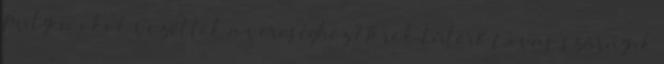
Milyen okok vezettek a vereséghez? Török túlerő Lovas szárnyak